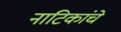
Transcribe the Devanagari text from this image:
नाटिकांचे